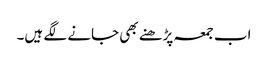
اب جمعہ پڑھنے بھی جانے لگے ہیں۔